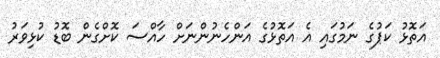
އަތޮޅު ކަޕުގެ ނަމުގައި އެ އަތޮޅުގެ އަންހެނުންނަށް ހާއްސަ ކޮށްގެން ބޮޑު ކުޅިވަރު